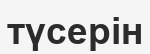
түсерін